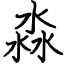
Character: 淼